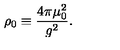
\rho _ { 0 } \equiv { \frac { 4 \pi \mu _ { 0 } ^ { 2 } } { g ^ { 2 } } } .